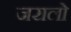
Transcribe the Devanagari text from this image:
जरालो